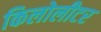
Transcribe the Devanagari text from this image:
किलोलीटर